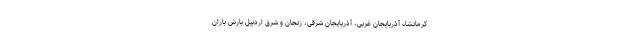
کرمانشاه آذربایجان غربی، آذربایجان شرقی، زنجان و شرق اردبیل بارش باران